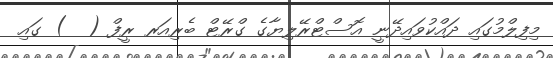
މިފިލްމުގައި ދައްކުވައިދޭނީ އޮސްޓްރޭލިޔާގެ ގްރޭޓް ބެރިއަރ ރީފް (  ) ގައި